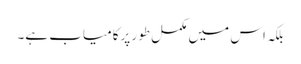
بلکہ اس میں مکمل طور پرکامیاب ہے۔